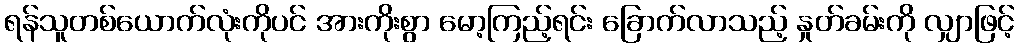
ရန်သူတစ်ယောက်လုံးကိုပင် အားကိုးစွာ မော့ကြည့်ရင်း ခြောက်လာသည့် နှုတ်ခမ်းကို လျှာဖြင့်